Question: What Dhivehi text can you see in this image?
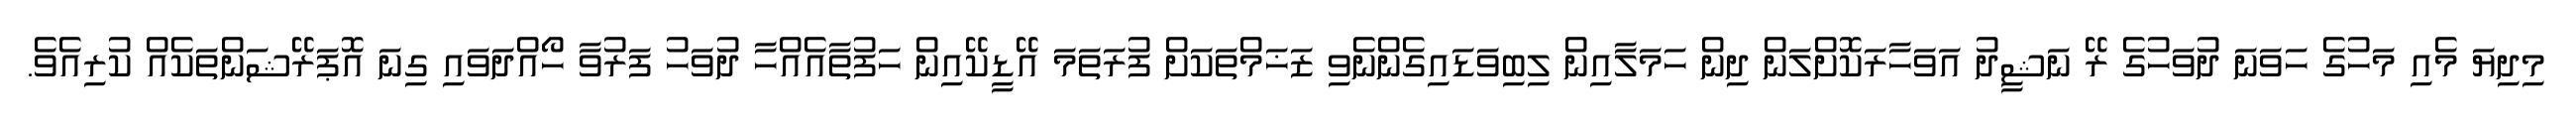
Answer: މިދިޔަ މެއި މަހުގެ ހަވަނަ ދުވަހުގެ ރޭ ނަޝީދު އަވަހާރަކޮށްލަން ދިން ހަމަލާއިން ލިބިވަޑައިގެންނެވި ޒަޚަމްތަކަށް ފުރަތަމަ އޭޑީކޭއިން ހަފުތާއެއްހާ ދުވަހު ފަރުވާ ހޯއްދަވައި ގިނަ އޮޕަރޭޝަންތަކެއް ކުރިއެވެ.